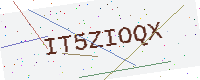
Text: IT5ZIOQX